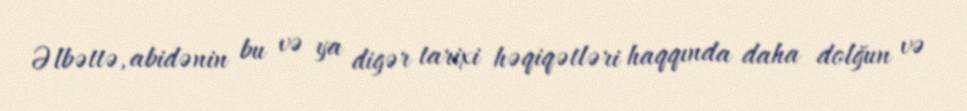
Əlbəttə, abidənin bu və ya digər tarixi həqiqətləri haqqında daha dolğun və